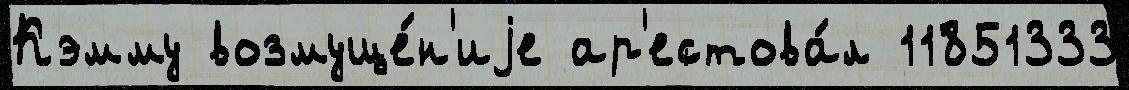
Кэмму возмуще́н'иjе ар'естова́л 11851333